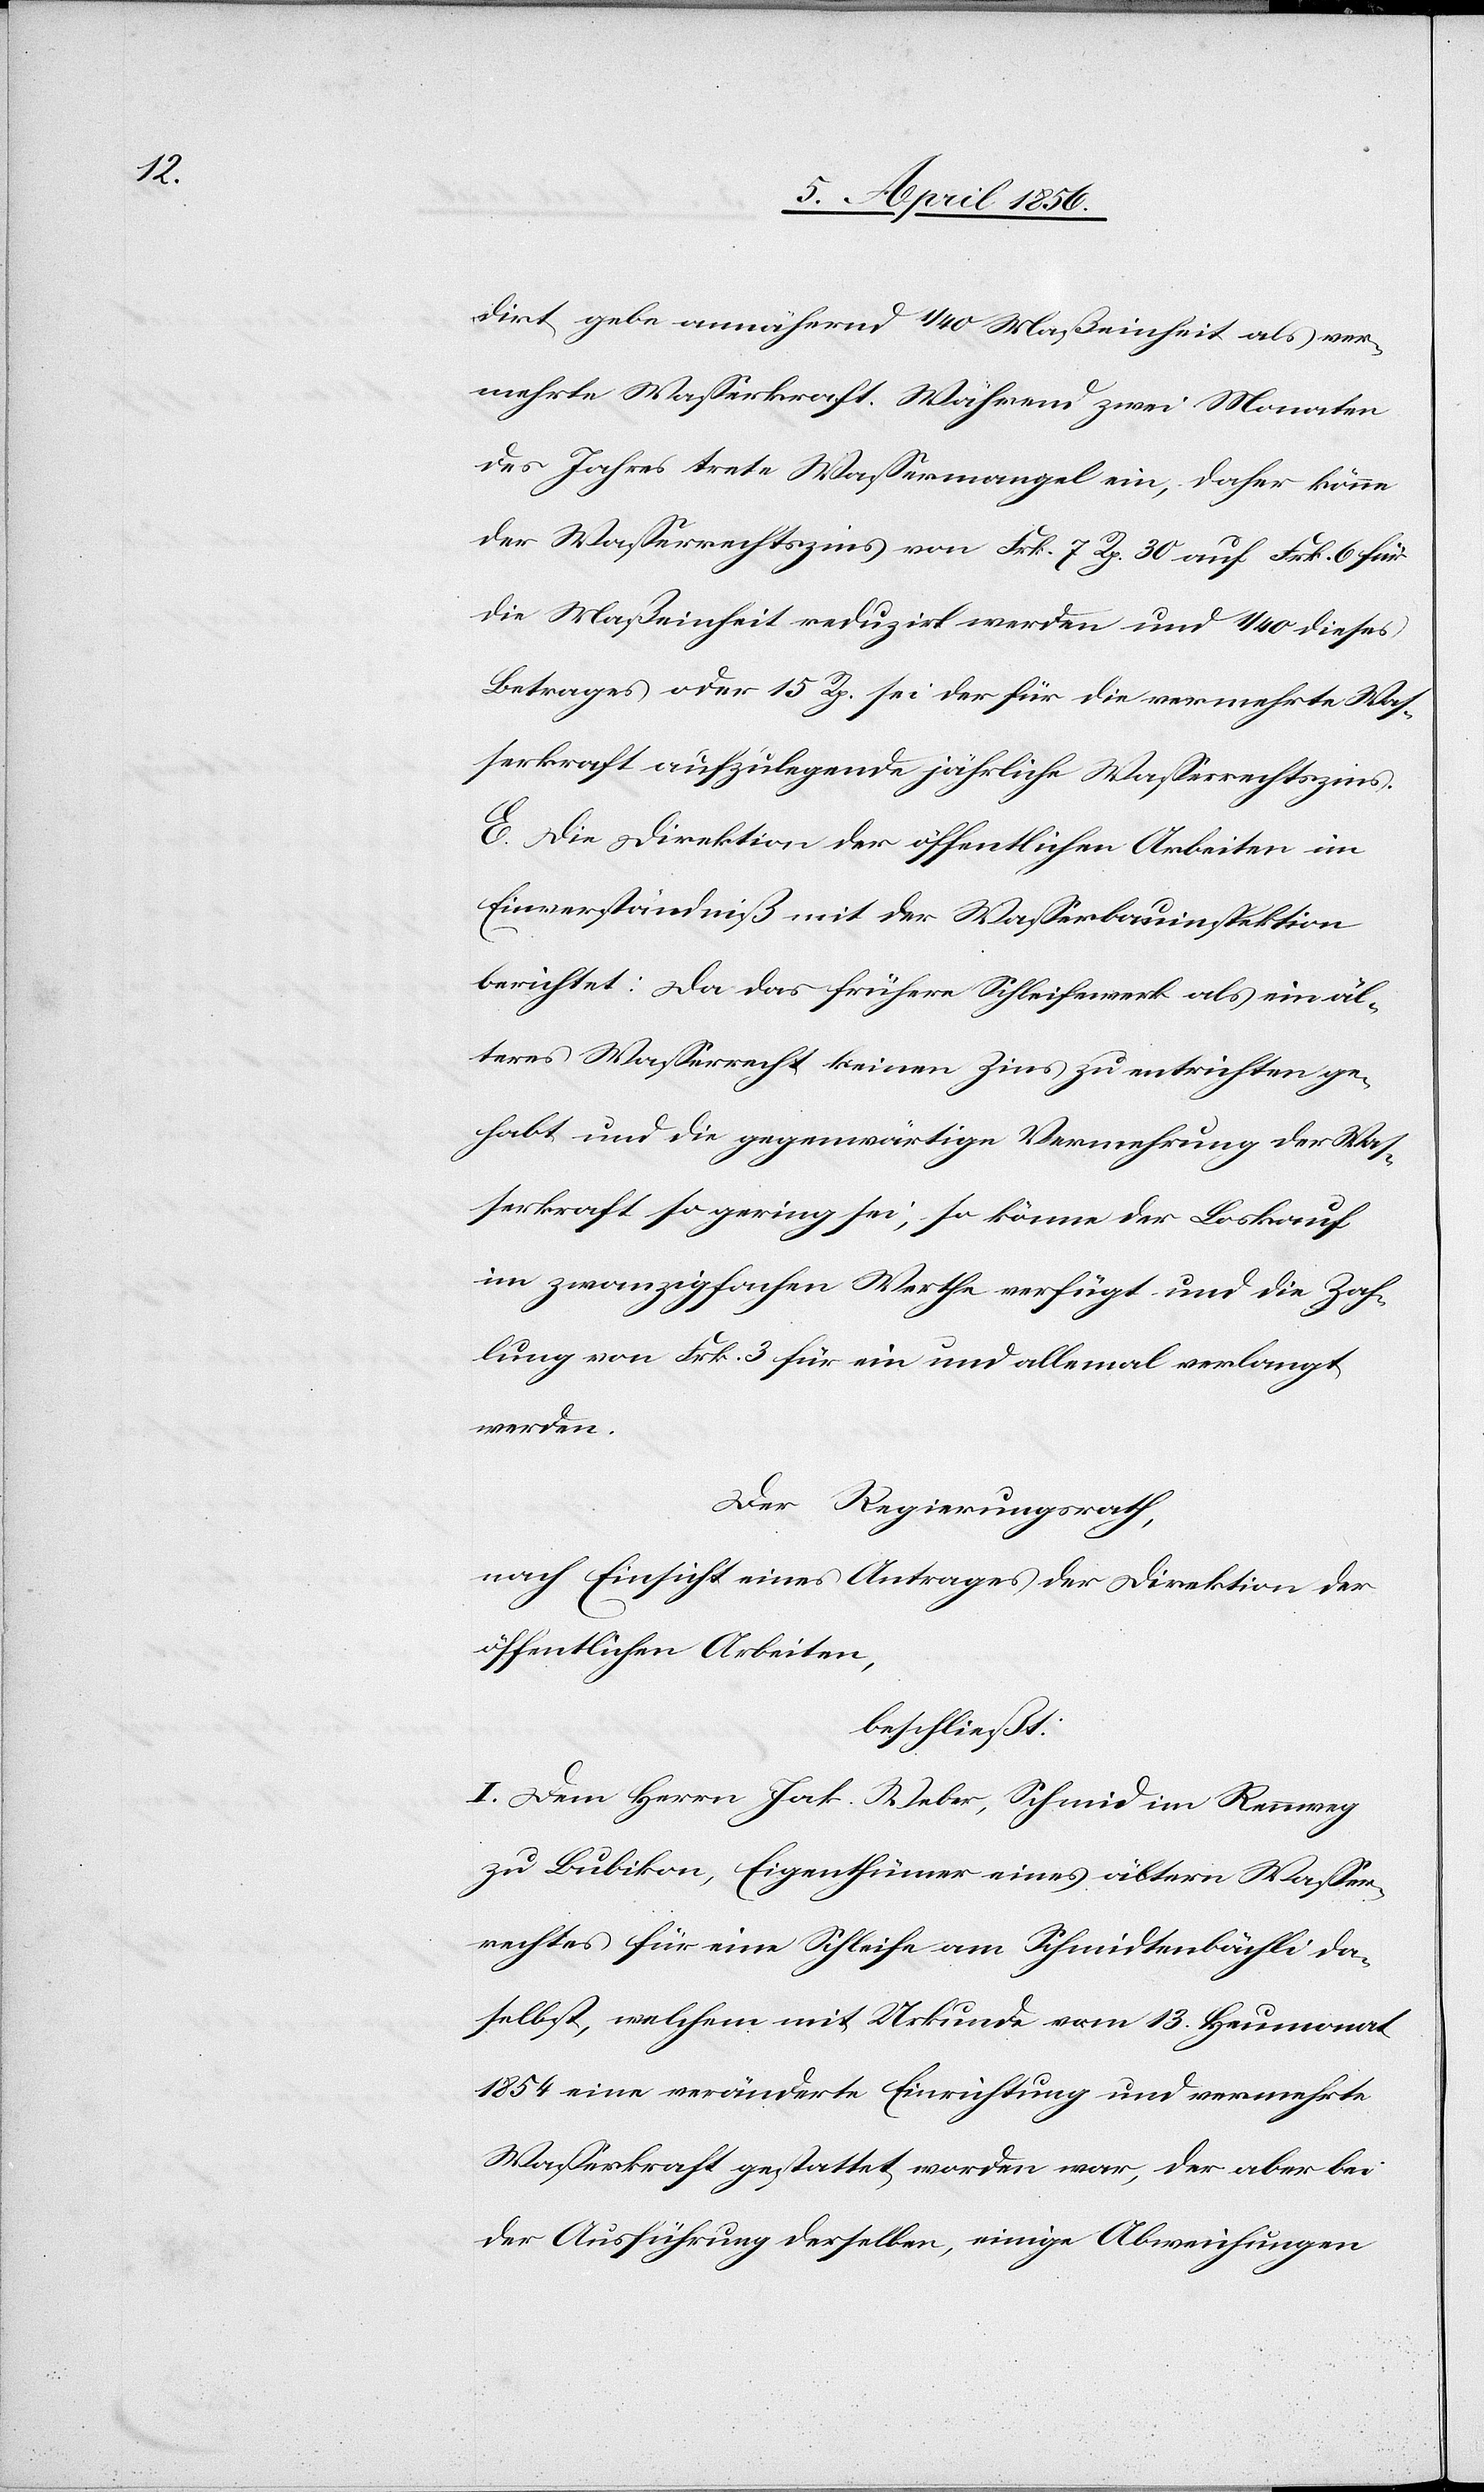
dirt gebe annährend 1/40 Maßeinheit als ver¬
mehrte Wasserkraft. Während zwei Monaten
des Jahres trete Wassermangel ein, daher könne
der Wasserrechtszins von Frk. 7 Rp. 30 auf Frk. 6 für
die Maßeinheit reduzirt werden und 1/40 dieses
Betrages oder 15 Rp. sei der für die vermehrte Was¬
serkraft aufzulegende jährliche Wasserrechtszins.
E. Die Direktion der öffentlichen Arbeiten im
Einverständniß mit der Wasserbauinspektion
berichtet: Da das frühere Schleifewerk als ein äl¬
teres Wasserrecht keinen Zins zu entrichten ge¬
habt und die gegenwärtige Vermehrung der Was¬
serkraft so gering sei, so könne der Loskauf
im zwanzigfachen Werthe verfügt und die Zah¬
lung von Frk. 3 für ein und allemal verlangt
werden.
Der Regierungsrath,
nach Einsicht eines Antrages der Direktion der
öffentlichen Arbeiten,
beschließt:
I. Dem Herrn Jak. Weber, Schmid im Rennweg
zu Bubikon, Eigenthümer eines ältern Wasser¬
rechtes für eine Schleife am Schmidtenbächli da¬
selbst, welchem mit Urkunde vom 13. Heumonat
1854 eine veränderte Einrichtung und vermehrte
Wasserkraft gestattet worden war, der aber bei
der Ausführung derselben, einige Abweichungen